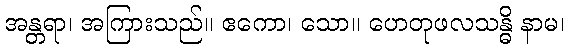
အန္တရာ၊ အကြားသည်။ ဧကော၊ သော။ ဟေတုဖလသန္ဓိ နာမ၊